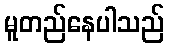
မူတည်နေပါသည်